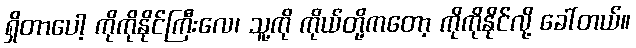
ရှိတာပေါ့ ကိုကိုနိုင်ကြီးလေ၊ သူ့ကို ကိုယ်တို့ကတော့ ကိုကိုနိုင်လို့ ခေါ်တယ်။